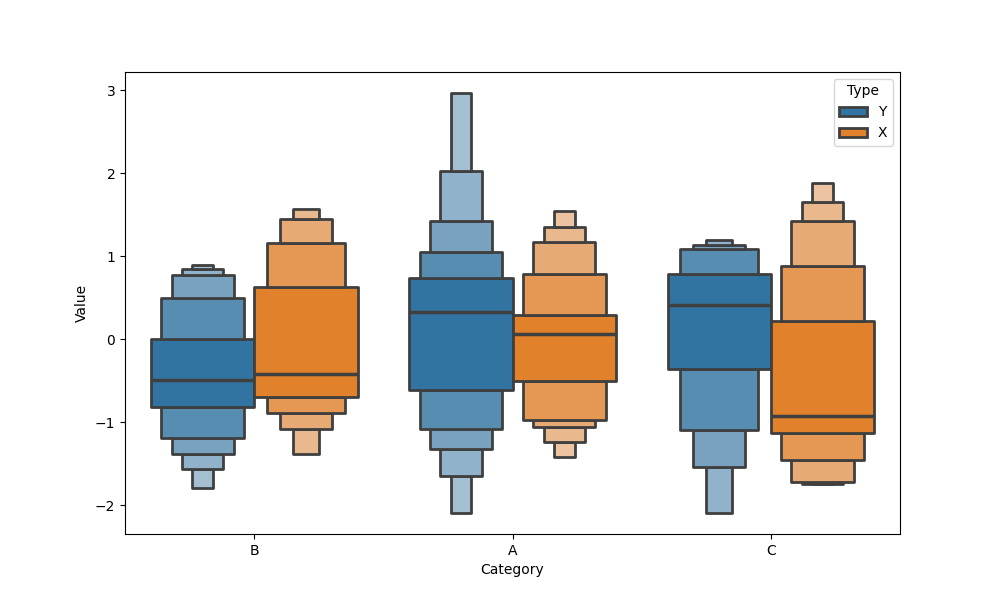
python, seaborn, boxenplot, k_depth='full', linewidth=2, scale='linear', outlier_prop=0.1, showfliers=False